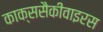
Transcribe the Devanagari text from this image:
काक्ससैकीवाइरस